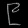
Digit: ၉